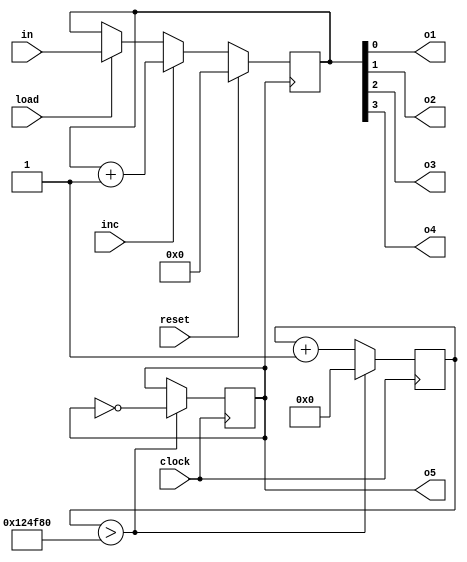
// 4 bit RAM module, 16 addresses storing 4 bit values.
module counter (input inc, load, clock, reset, input[3:0] in, output o1, o2, o3, o4, o5);
    reg[3:0] out;
    reg slow_clock = 1;
    reg[22:0] clock_counter = 1;

    always @ (posedge clock)
    begin
        if (clock_counter > 1200000) begin
            clock_counter = 0;
            slow_clock <= ~slow_clock;
            end
        else begin
            clock_counter <= clock_counter + 1;
            end
    end

    always @ (posedge slow_clock)
    begin
        if (load)
            out <= in;
        if (inc)
            out <= out + 1;
        if (reset)
            out <= 0;
    end

    assign o1 = out[0];
    assign o2 = out[1];
    assign o3 = out[2];
    assign o4 = out[3];
    assign o5 = slow_clock;
endmodule